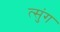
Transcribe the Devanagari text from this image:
त्सुंग